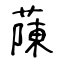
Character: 蔯